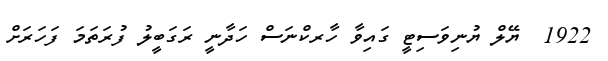
1922  ޔޭލް ޔުނިވަސިޓީ ގައިވާ ހާރކްނަސް ހަދާނީ ރަގަބީލު ފުރަތަމަ ފަހަރަށް